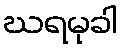
ဃရမုခါ